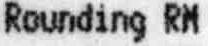
ROUNDING RM